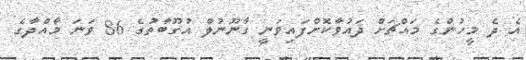
އެ ދެ މީހުންގެ މައްޗަށް ދައުވާކޮށްފައިވަނީ ގާނޫނުލް އުގޫބާތުގެ 86 ވަނަ މާއްދާގެ